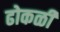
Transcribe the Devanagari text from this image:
ढोकळी